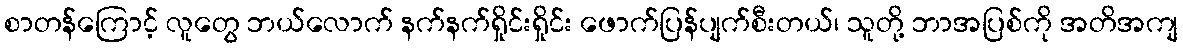
စာတန်ကြောင့် လူတွေ ဘယ်လောက် နက်နက်ရှိုင်းရှိုင်း ဖောက်ပြန်ပျက်စီးတယ်၊ သူတို့ ဘာအပြစ်ကို အတိအကျ